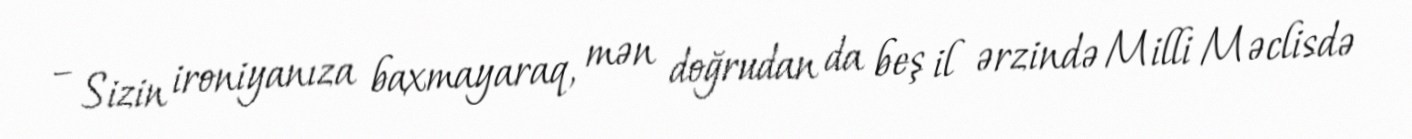
– Sizin ironiyanıza baxmayaraq, mən doğrudan da beş il ərzində Milli Məclisdə